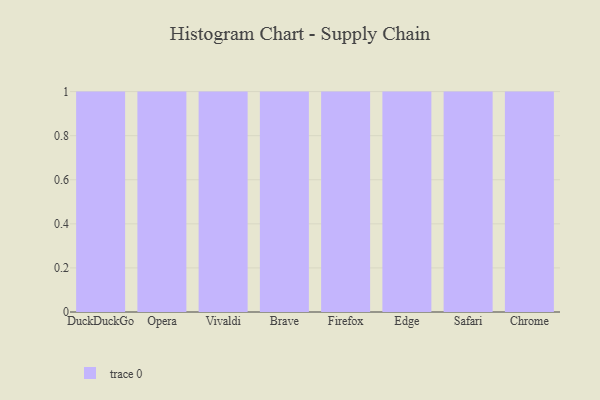
{"axis": {"x": "Browser", "y": "Gross Profit (USD K)"}, "legend": [""], "data": [{"x": "DuckDuckGo", "y": 95, "type": ""}, {"x": "Opera", "y": 41, "type": ""}, {"x": "Vivaldi", "y": 76, "type": ""}, {"x": "Brave", "y": 15, "type": ""}, {"x": "Firefox", "y": 52, "type": ""}, {"x": "Edge", "y": 39, "type": ""}, {"x": "Safari", "y": 1, "type": ""}, {"x": "Chrome", "y": 80, "type": ""}]}